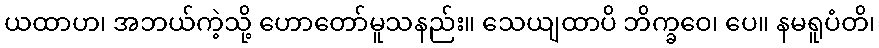
ယထာဟ၊ အဘယ်ကဲ့သို့ ဟောတော်မူသနည်း။ သေယျထာပိ ဘိက္ခဝေ၊ ပေ။ နမရူပံတိ၊